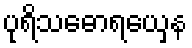
ပုရိသဓောရယှေန